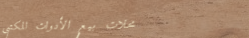
محلات بيع الأدوات المكتبي